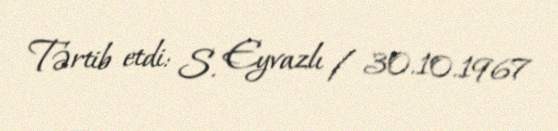
Tərtib etdi: S. Eyvazlı / 30.10.1967